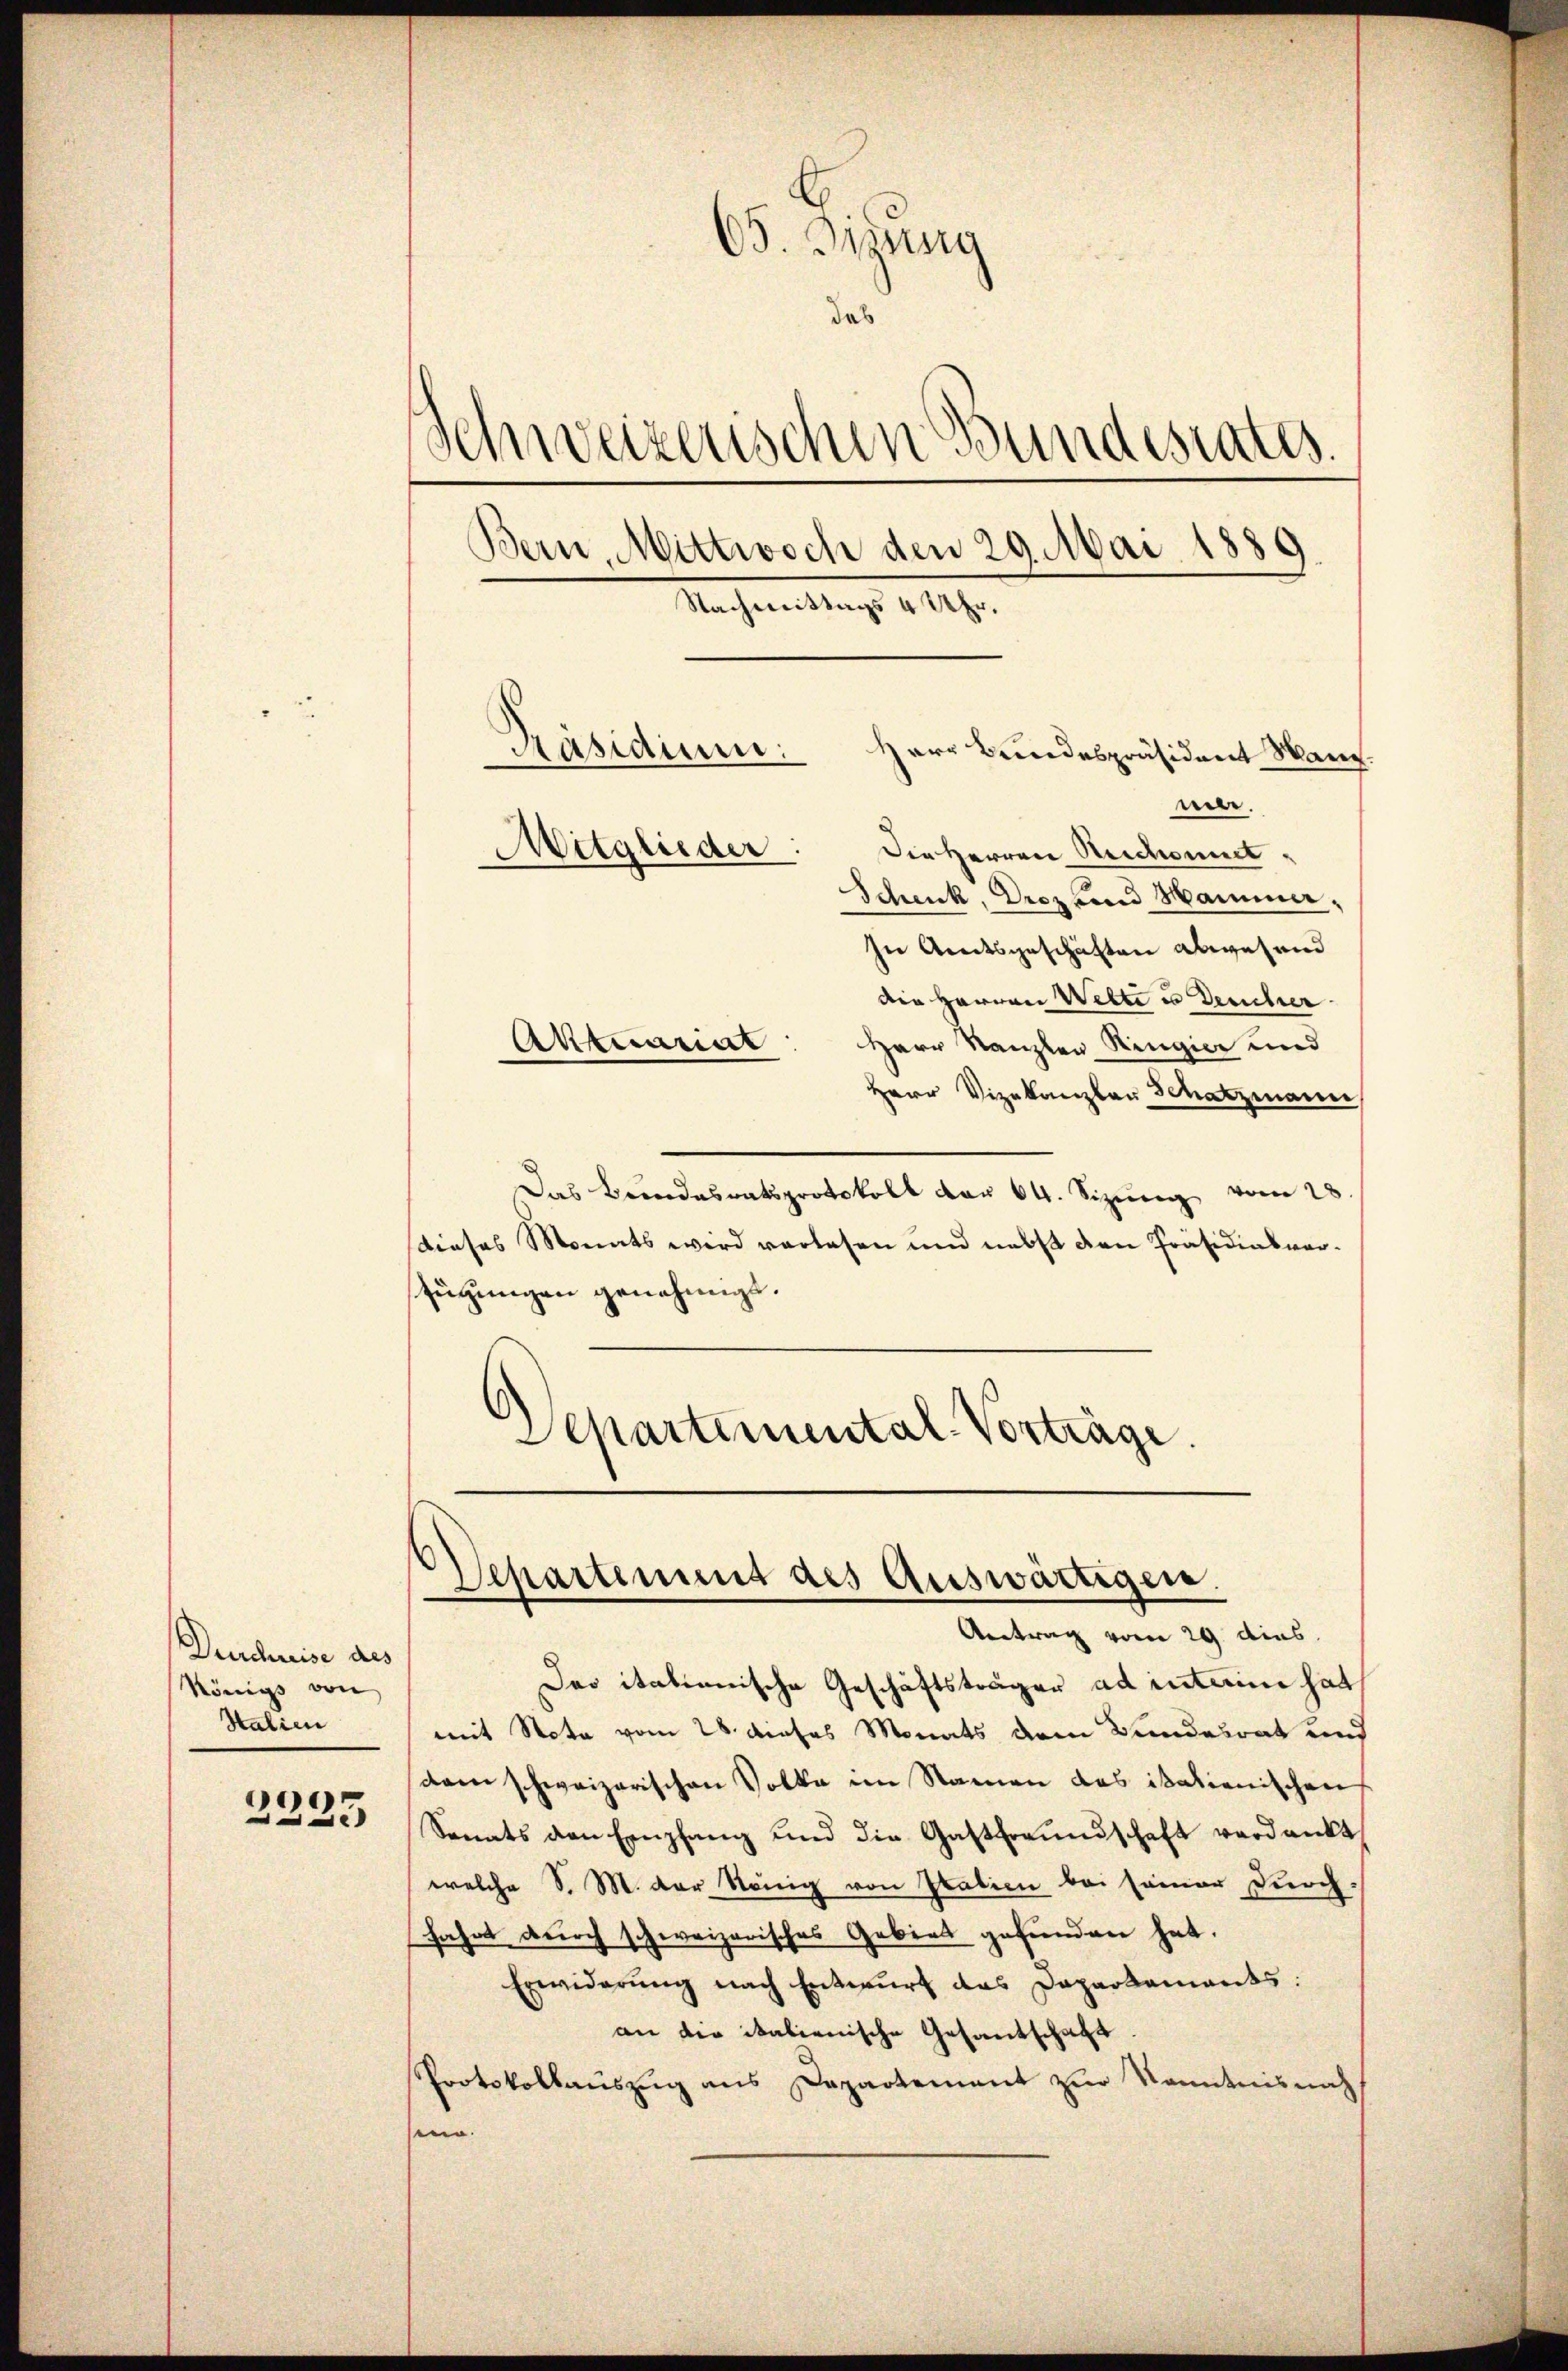
Durchneise des
Königs von
Stalien

2235

65. Sizung
das
Schweizerischen Bundesrates.
Bern, Mittwoch den 29. Mai 1889
Nachmittag v. 29.

In Amtsgeschäften abwesend
die Herren Wette u Deucher
Herr Kanzler Ringier und
Herr Vizekanzler Schatzmann
Das Bundesratsprotokoll dar 64. Sizung vom 28
dieses Monats wird verlesen und nebst den Präsidialverfügungen genehmigt.
Departemental-Vorträge.

Präsidium:
Herr Bundespräsident Mann.
mer.
Mitglieder:
Die Herren Reichenmit¬
Schenk, Droz rund Hammer,

Aktuariat

Das itationische Geschäftsträger ad interime hat
mit Nota vom 28. dieses Monats dem Bundesrat und
dam schweizerischen Volke im Namen das italienischen
Senats den Empfang und die Gastfreundschaft verdankt
welche S. M. der König von Italien bei seiner Durch-
Jahrt durch schweizerisches Gebiet gefunden hat.
Erwiderŭng nach Entwurf das Dapartements:
an die italienische Gesantschaft
Protokollauszug aus Departement zur Kenntnisnah
sein.

Departement des Auswärtigen.
Antrag vom 29. dies